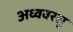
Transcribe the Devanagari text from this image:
अध्ववरसु